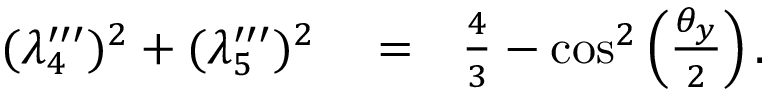
\begin{array} { r l r } { ( \lambda _ { 4 } ^ { \prime \prime \prime } ) ^ { 2 } + ( \lambda _ { 5 } ^ { \prime \prime \prime } ) ^ { 2 } } & { { } = } & { \frac { 4 } { 3 } - \cos ^ { 2 } \left( \frac { \theta _ { y } } { 2 } \right) . } \end{array}